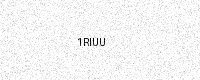
Text: 1RIUU